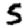
Digit: 5